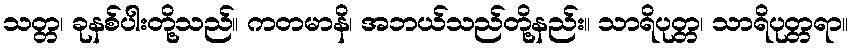
သတ္တ၊ ခုနစ်ပါးတို့သည်။ ကတမာနိ၊ အဘယ်သည်တို့နည်း။ သာရိပုတ္တ၊ သာရိပုတ္တရာ။